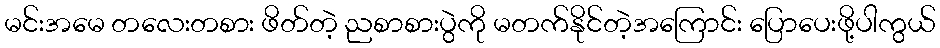
မင်းအမေ တလေးတစား ဖိတ်တဲ့ ညစာစားပွဲကို မတက်နိုင်တဲ့အကြောင်း ပြောပေးဖို့ပါကွယ်